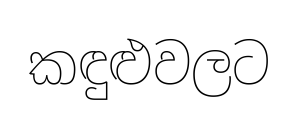
කඳුළුවලට